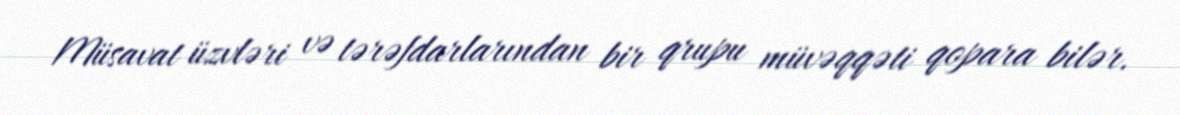
Müsavat üzvləri və tərəfdarlarından bir qrupu müvəqqəti qopara bilər.